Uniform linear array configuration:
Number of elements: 24
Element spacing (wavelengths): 0.75
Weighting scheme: binomial
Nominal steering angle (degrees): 0
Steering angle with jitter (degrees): -0.6867
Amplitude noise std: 0.05
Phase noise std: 0.05

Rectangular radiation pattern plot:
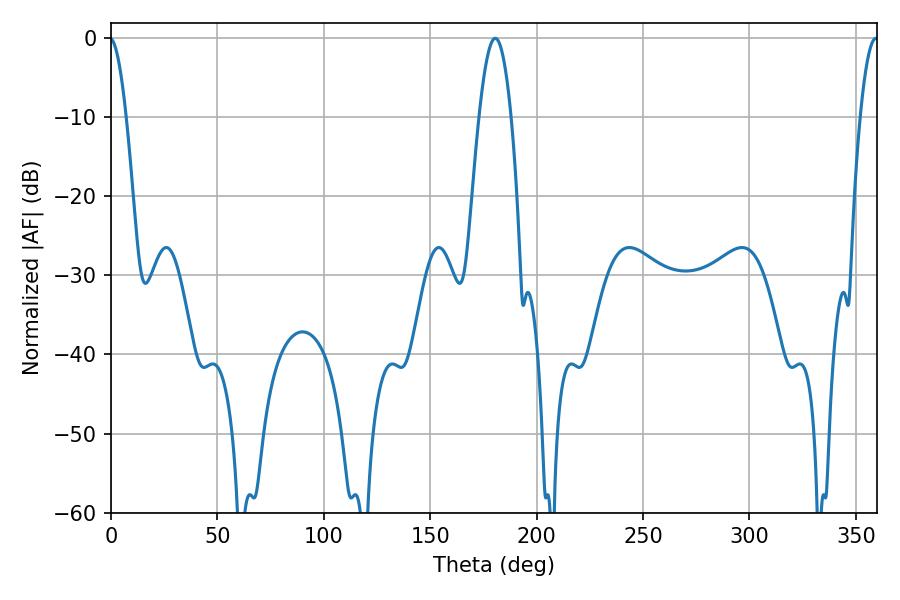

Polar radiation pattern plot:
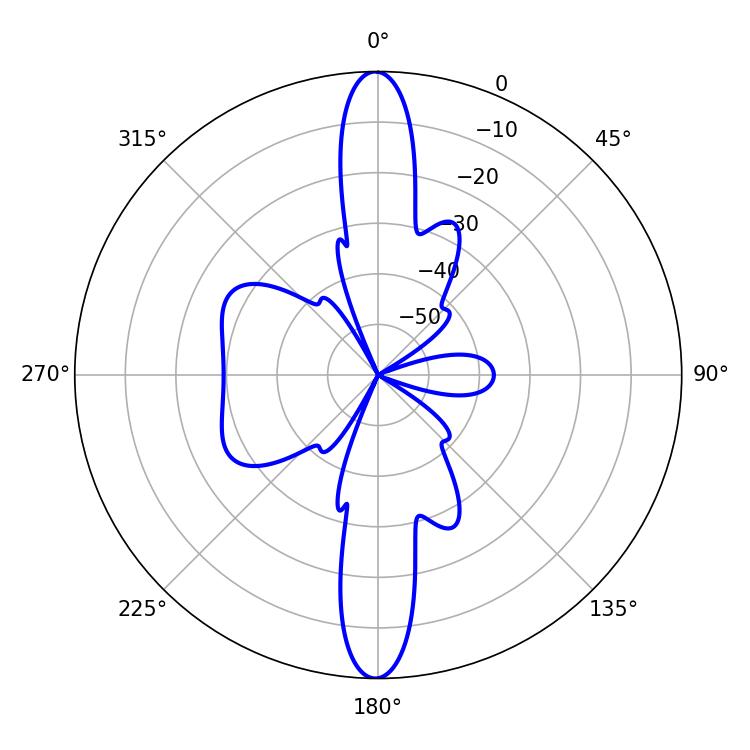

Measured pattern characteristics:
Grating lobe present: TRUE
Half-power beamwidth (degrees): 8.28
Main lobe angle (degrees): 180.54